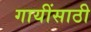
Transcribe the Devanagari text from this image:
गायींसाठी